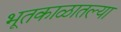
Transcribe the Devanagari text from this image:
भूतकाळातल्या